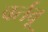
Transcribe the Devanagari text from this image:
वर्तवू